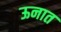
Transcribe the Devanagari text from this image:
ऊनात